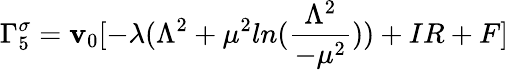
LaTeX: \Gamma_{5}^{\sigma}=\mathbf{v}_{0}[-\lambda(\Lambda^{2}+\mu^{2}ln(\frac{{\Lambda^{2}}}{{-\mu^{2}}}))+IR+F]